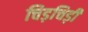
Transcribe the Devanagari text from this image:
चिड़चिड़ी